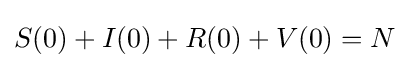
S(0)+I(0)+R(0)+V(0)=N